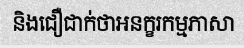
និងជឿជាក់ថាអនក្ខរកម្មភាសា